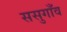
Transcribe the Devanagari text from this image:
ससुगाँव